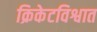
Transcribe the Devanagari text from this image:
क्रिकेटविश्वात